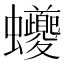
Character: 𲀖